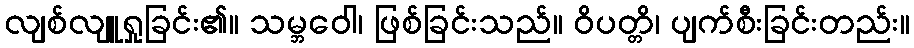
လျစ်လျူရှုခြင်း၏။ သမ္ဘဝေါ၊ ဖြစ်ခြင်းသည်။ ဝိပတ္တိ၊ ပျက်စီးခြင်းတည်း။